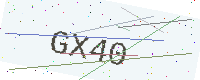
Text: GX40